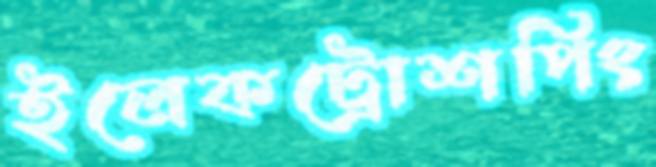
ইলেকট্রোশপিং